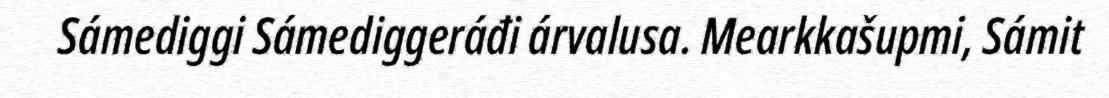
Sámediggi Sámediggeráđi árvalusa. Mearkkašupmi, Sámit